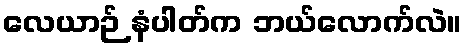
လေယာဉ် နံပါတ်က ဘယ်လောက်လဲ။